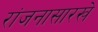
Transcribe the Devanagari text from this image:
रांजनासारखे